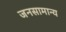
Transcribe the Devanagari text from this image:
जनसामान्‍य